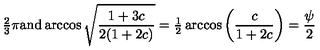
{ \textstyle { \frac { 2 } { 3 } } } \pi \mathrm { a n d } \arccos \sqrt { \frac { 1 + 3 c } { 2 ( 1 + 2 c ) } } = { \textstyle { \frac { 1 } { 2 } } } \arccos \left( \frac { c } { 1 + 2 c } \right) = \frac { \psi } { 2 }